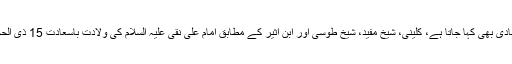
ہمارے دسویں امام، علی نقی کے نام سے زیادہ معروف ہیں اور آپکو ہادی بھی کہا جاتا ہے، کلینی، شیخ مفید، شیخ طوسی اور ابن اثیر کے مطابق امام علی نقی علیہ السلام کی ولادت باسعادت 15 ذی الحجہ سنہ 212 ہجری کو مدینہ کے قریب صریا نامی علاقے میں ہوئی۔